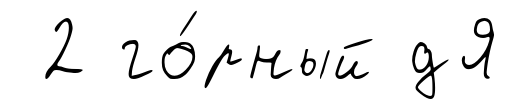
2 го́рный дЯ